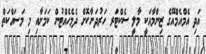
އަދި އެމްއެމްއޭގެ ޒިންމާއަކީ މާލީ ސެކްޓަރ ހަރުދަނާކޮށް ދެމެހެއްޓުން ކަމަށާއި މި މަސައްކަތް